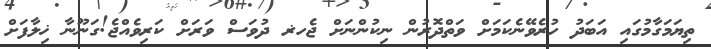
ތިޔަމަގާމުގައި އަބަދު ހުރެވޭނެކަމަށް ވަތްދޮރުން ނިކުންނަށް ޖެހޜ ދުވަސް ވަރަށް ކަރިވެއްޖެ!ގަނޫނާ ޚިލާފަށް